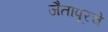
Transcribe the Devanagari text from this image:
जैतापूरचे